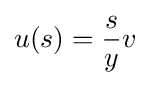
u(s)={\frac {s}{y}}v